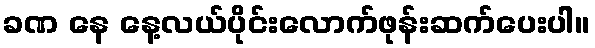
ခဏ နေ နေ့လယ်ပိုင်းလောက်ဖုန်းဆက်ပေးပါ။